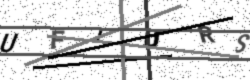
Text: UFIURS